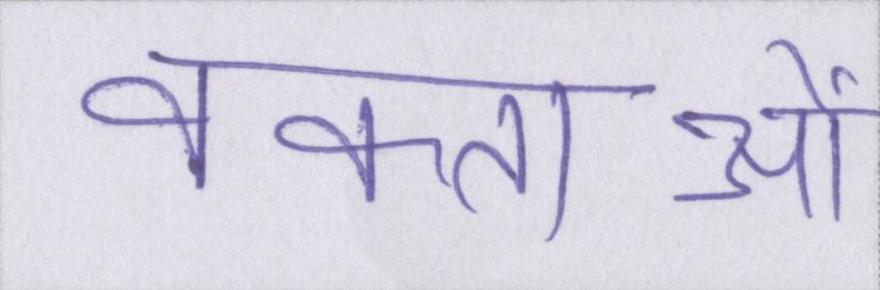
वक्ताओं